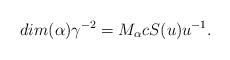
LaTeX: \begin{align*}dim(\alpha)\gamma ^{-2} = M_{\alpha} cS(u)u^{-1}.\end{align*}